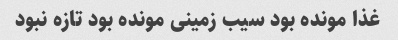
غذا مونده بود سیب زمینی مونده بود تازه نبود